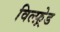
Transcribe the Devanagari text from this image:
विल्फ़्रेड